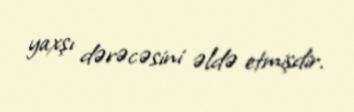
yaxşı dərəcəsini əldə etmişdir.